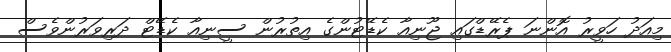
މިއަދު ހަވީރު އޮންނަ ޕެރޭޑްގައި ޖޫނިއާ ކެޑޭޓުންގެ އިތުރުން ސީނިއާ ކެޑޭޓް ދަރިވަރުންވެސް